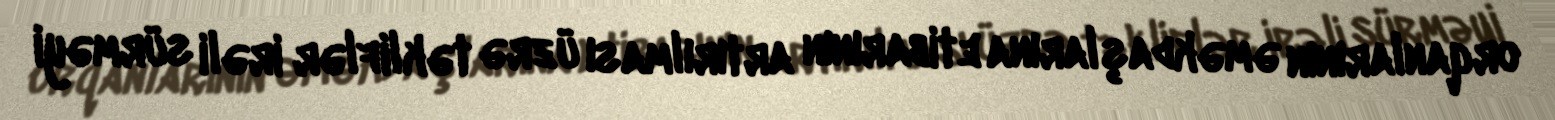
orqanlarının əməkdaşlarına etibarının artırılması üzrə təkliflər irəli sürməyi